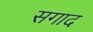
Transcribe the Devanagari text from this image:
सगाद